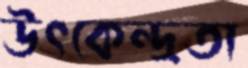
উৎকেন্দ্রতা